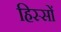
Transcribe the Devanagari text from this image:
हिस्‍सों